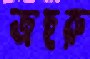
জহুরু